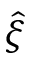
\hat { \xi }